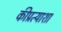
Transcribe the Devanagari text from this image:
कीप्रत्याशा